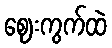
ဈေးကွက်ထဲ